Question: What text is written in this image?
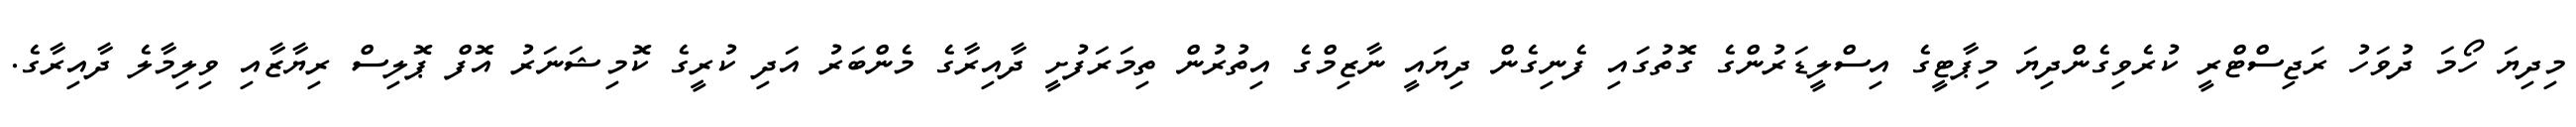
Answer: މިދިޔަ ހޯމަ ދުވަހު ރަޖިސްޓްރީ ކުރެވިގެންދިޔަ މިޕާޓީގެ އިސްލީޑަރުންގެ ގޮތުގައި ފެނިގެން ދިޔައީ ނާޒިމްގެ އިތުރުން ތިމަރަފުށީ ދާއިރާގެ މެންބަރު އަދި ކުރީގެ ކޮމިޝަނަރު އޮފް ޕޮލިސް ރިޔާޒާއި ވިލިމާލެ ދާއިރާގެ.